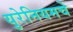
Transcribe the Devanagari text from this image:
युरेनियमचे